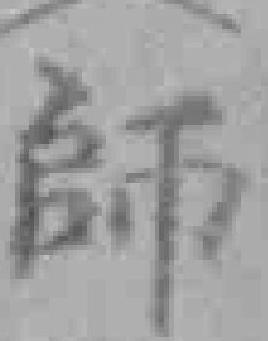
師